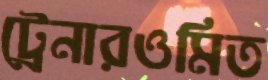
ট্রেনারওমিত